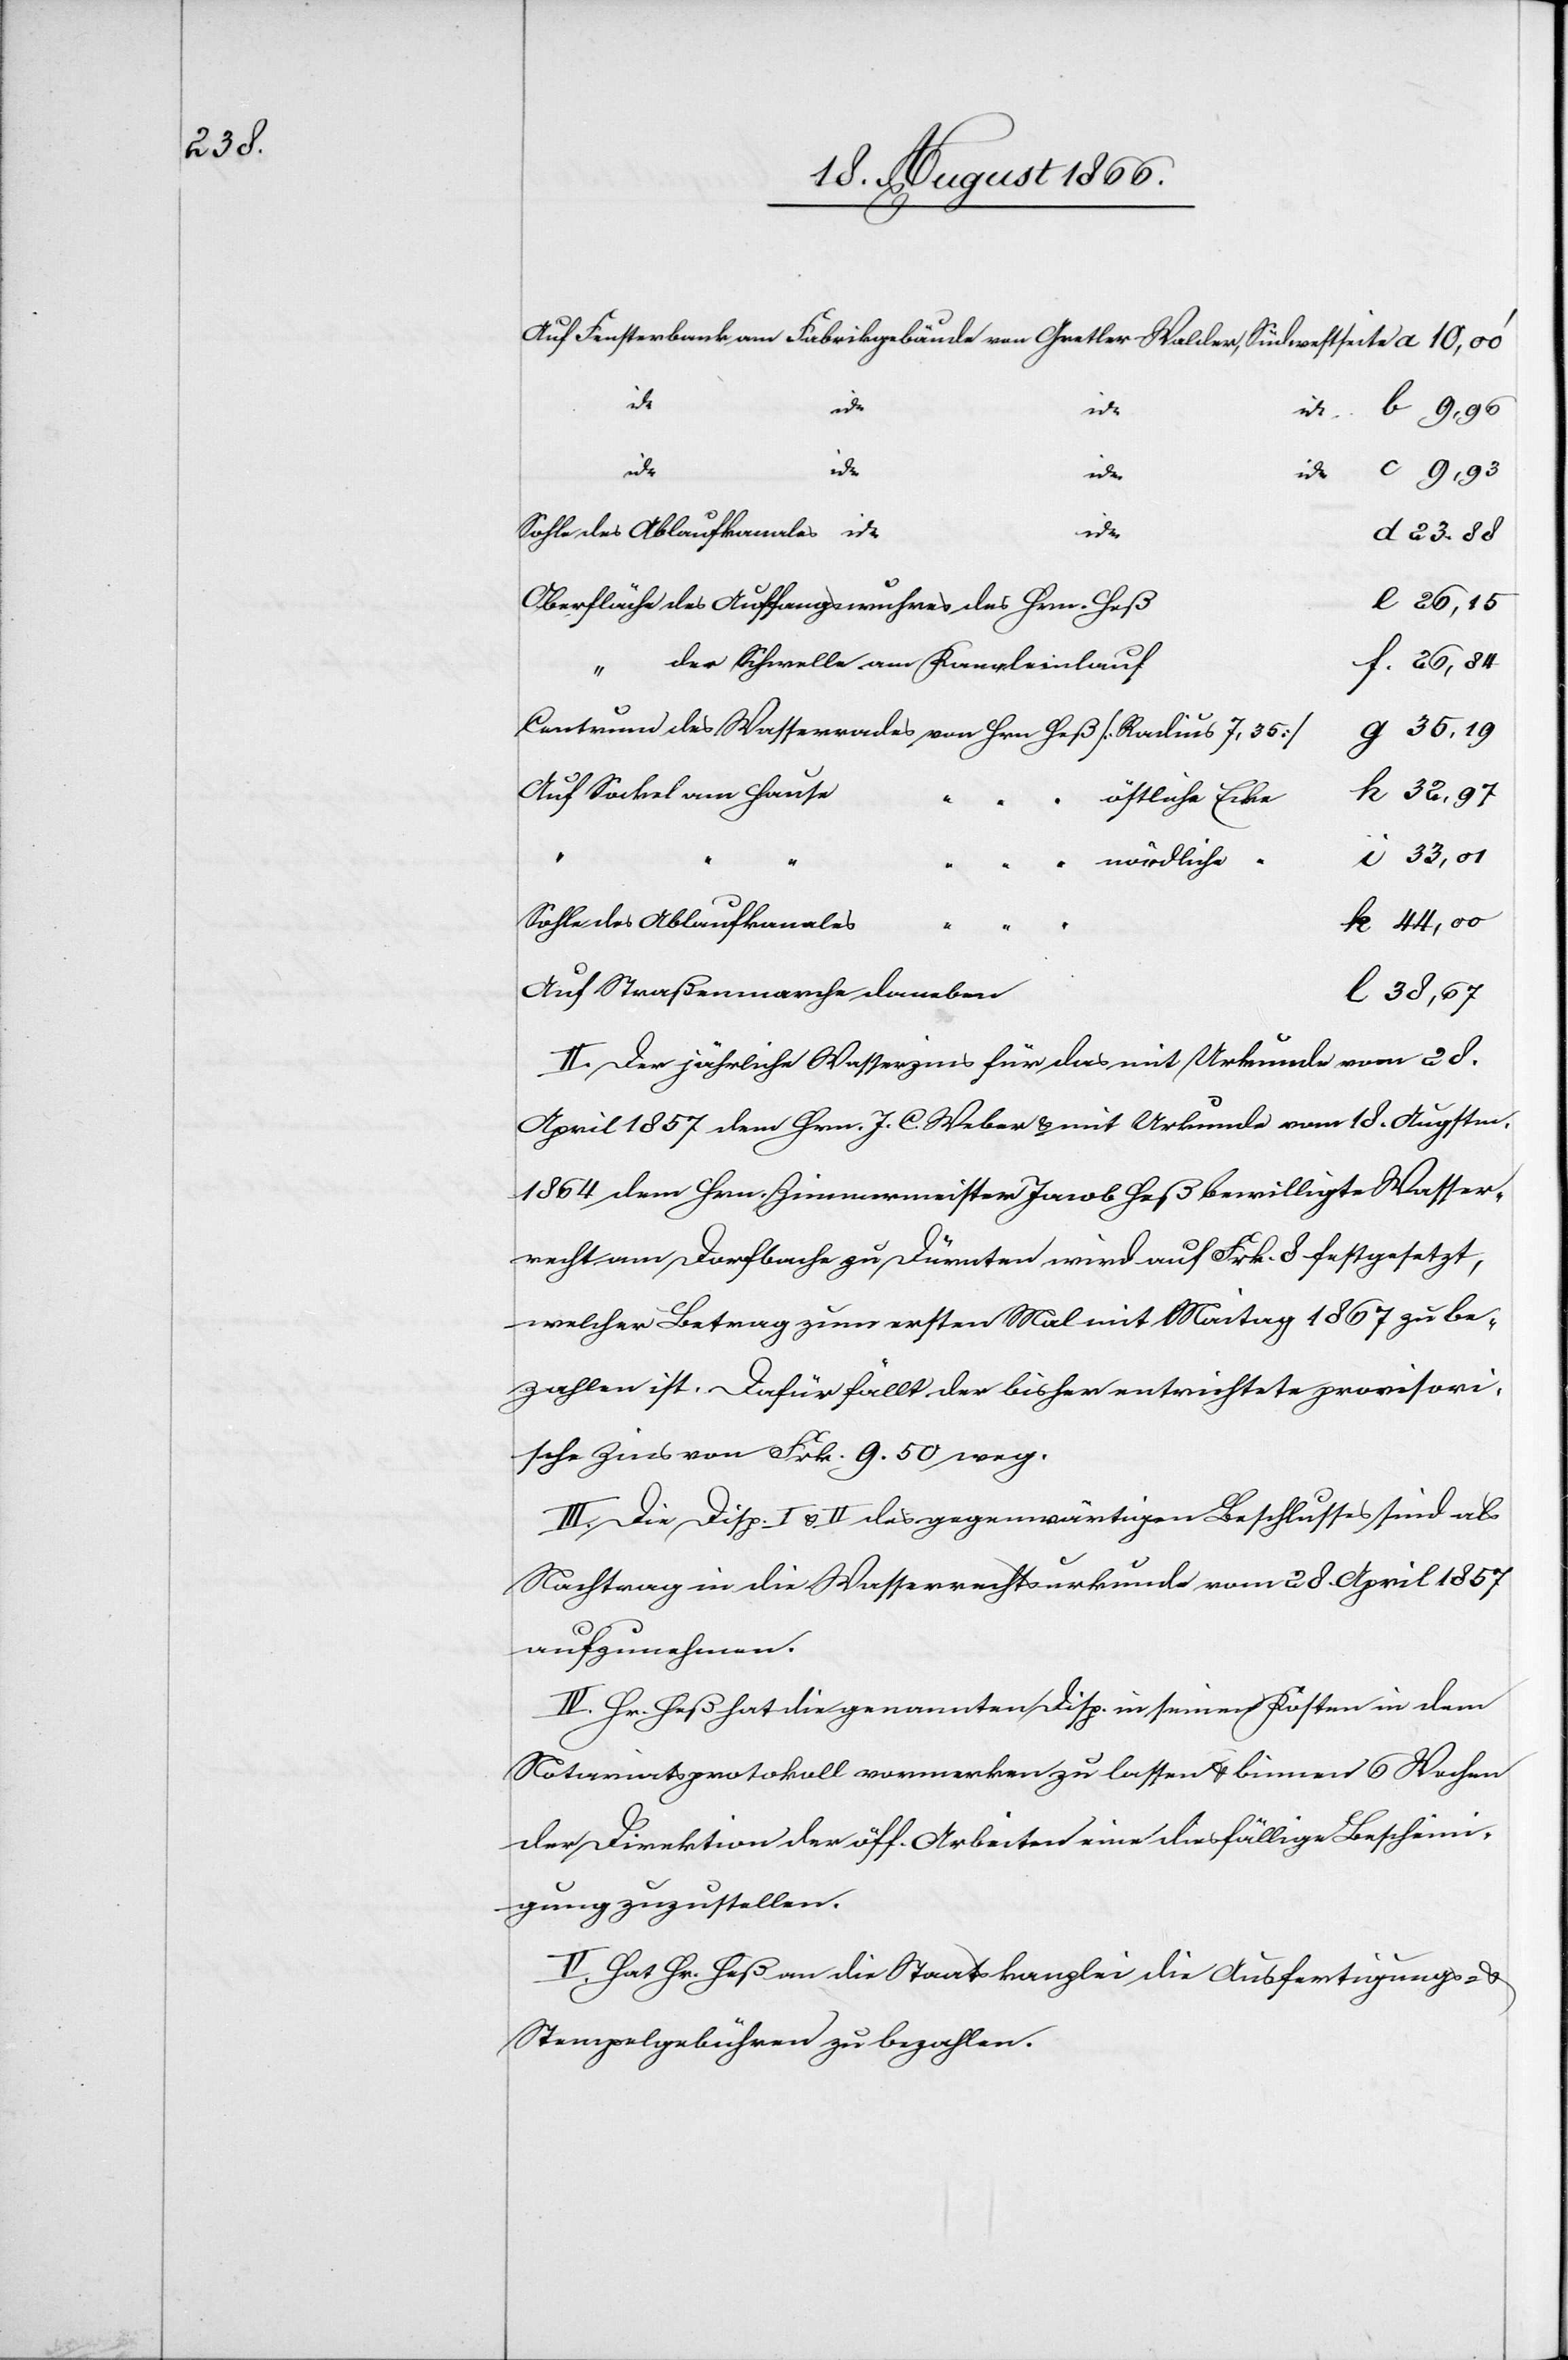
Auf Fensterbank am Fabrikgebäude von Gretler Walder, Südwestseite
id:
id:
d
id:
Sohle des Ablaufkanales id:
23.88
Oberfläche des Auffangswuhres des Hrn. Heß
der Schwelle am Kanaleinlauf
f.
Centrum des Wasserrades von Hrn. Heß [Radius 7,35]
Auf Sockel am Hause
östliche Ecke
nördliche “
Sohle des Ablaufkanales
44,00
Auf Straßenmarche daneben
38,67
II. Der jährliche Wasserzins für das mit Urkunde vom 28.
April 1857 dem Hrn. J. C. Weber u. mit Urkunde vom 18. Augstm.
1864 dem Hrn. Zimmermeister Jacob Heß bewilligte Wasser¬
recht am Dorfbache zu Dürnten wird auf Frk. 8 festgesetzt,
welcher Betrag zum ersten Mal mit Maitag 1867 zu be¬
zahlen ist. Dafür fällt der bisher entrichtete provisori¬
sche Zins von Frk. 9.50 weg.
III. Die Disp. I u. II des gegenwärtigen Beschlusses sind als
Nachtrag in die Wasserrechtsurkunde vom 28. April 1857
aufzunehmen.
IV. Hr. Heß hat die genannten Disp. in seinen Kosten in dem
Notariatsprotokoll vormerken zu lassen u. binnen 6 Wochen
der Direktion der öff. Arbeiten eine diesfällige Bescheini¬
gung zuzustellen.
V. Hat Hr. Heß an die Staatskanzlei die Ausfertigungs- u.
Stempelgebühren zu bezahlen.